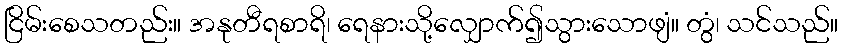
ငြိမ်းစေသတည်း။ အနုတီရစာရိ၊ ရေနားသို့လျှောက်၍သွားသောဖျံ။ တွံ၊ သင်သည်။